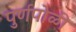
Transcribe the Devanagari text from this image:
पुर्णपोळी